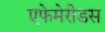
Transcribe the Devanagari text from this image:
एफेमेरीडस